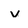
Character: v